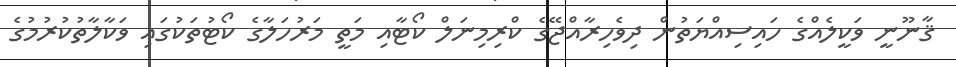
ޤާނޫނީ ވަކީލެއްގެ ހައިސިއްޔަތުން ދިވެހިރާއްޖޭގެ ކްރިމިނަލް ކޯޓާއި މަތީ މަރުހަލާގެ ކޯޓުތަކުގައި ވަކާލާތުކުރުމުގެ